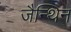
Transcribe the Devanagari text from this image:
जैन्थिन